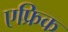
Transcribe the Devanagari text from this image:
एफ्रिक